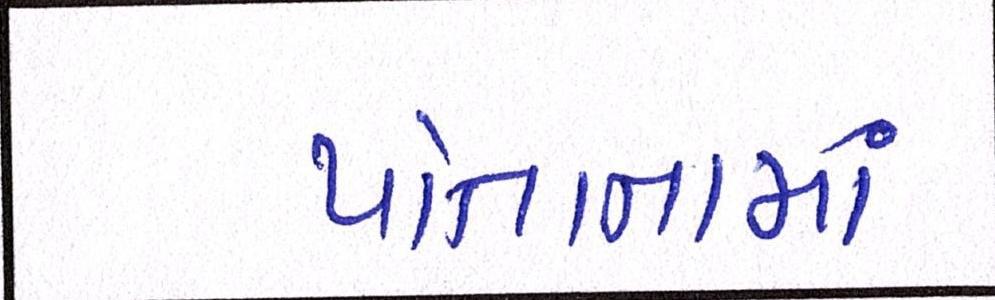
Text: પોતાનામાં